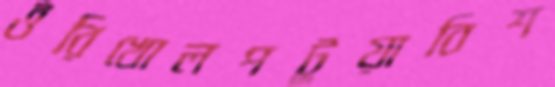
ওঁরিখোলপটুয়াবিশ